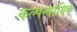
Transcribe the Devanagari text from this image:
कल्पन्यायिक